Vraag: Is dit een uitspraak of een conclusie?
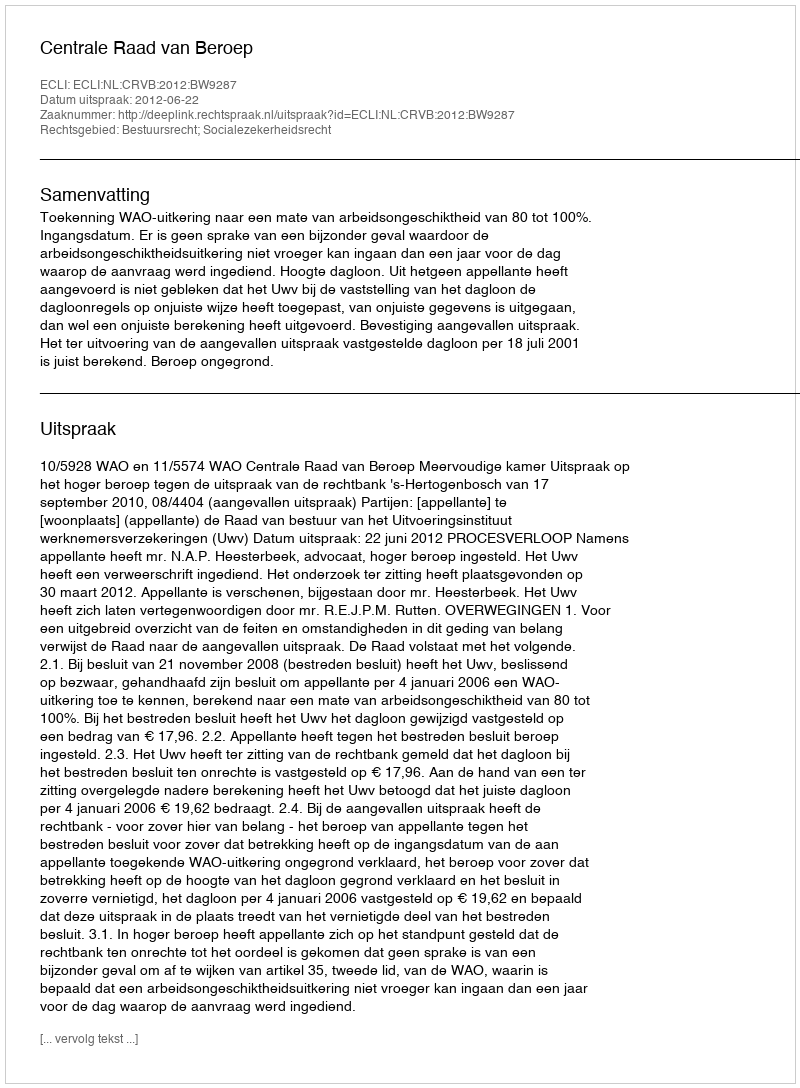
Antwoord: Uitspraak